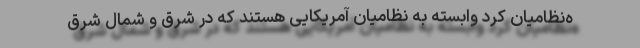
ه‌نظامیان کرد وابسته به نظامیان آمریکایی هستند که در شرق و شمال شرق